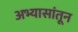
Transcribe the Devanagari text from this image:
अभ्यासांतून